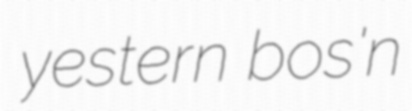
yestern bos'n